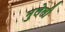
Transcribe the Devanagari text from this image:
मुलेली